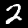
Digit: 2